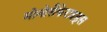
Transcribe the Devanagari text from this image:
मोनोसैकेराइड्स